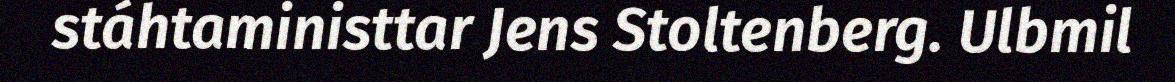
stáhtaministtar Jens Stoltenberg. Ulbmil